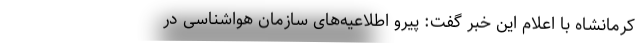
کرمانشاه با اعلام این خبر گفت: پیرو اطلاعیه‌های سازمان هواشناسی در